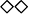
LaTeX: \diamond\diamond